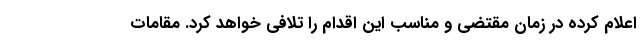
اعلام کرده در زمان مقتضی و مناسب این اقدام را تلافی خواهد کرد. مقامات